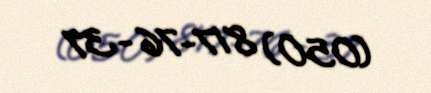
(050) 817-76-37